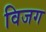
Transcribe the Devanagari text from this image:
विजग